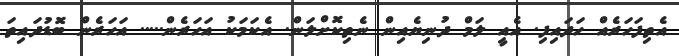
އެތިފަހަރެއް ހަދައިފި. އެއީ ލަމް ދުނިޔެއިން ނެތިކޮށްލަން. އެކަމަކު އަހަރެން..... އަހަރެން ބޮޑުދައިތަ